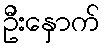
ဦးနှောက်